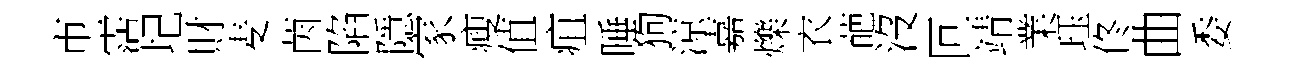
市霑圮財麦茵陷隱家瘦值疽睡狗涼嘉爍衣葩沒叵靖業珏佟曲委